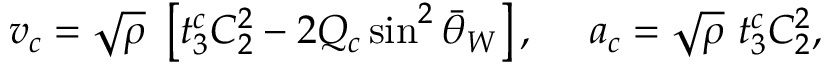
v _ { c } = \sqrt { \rho } ~ \left[ t _ { 3 } ^ { c } C _ { 2 } ^ { 2 } - 2 Q _ { c } \sin ^ { 2 } \bar { \theta } _ { W } \right] , \ \ \ \ a _ { c } = \sqrt { \rho } ~ t _ { 3 } ^ { c } C _ { 2 } ^ { 2 } ,